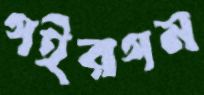
গইরগম